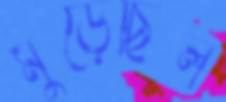
মুড়েছিল